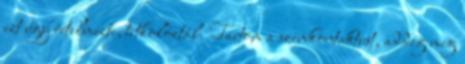
ezt úgy értelmezte, titkolóztál. Tartom a szemkontaktust, addig meg